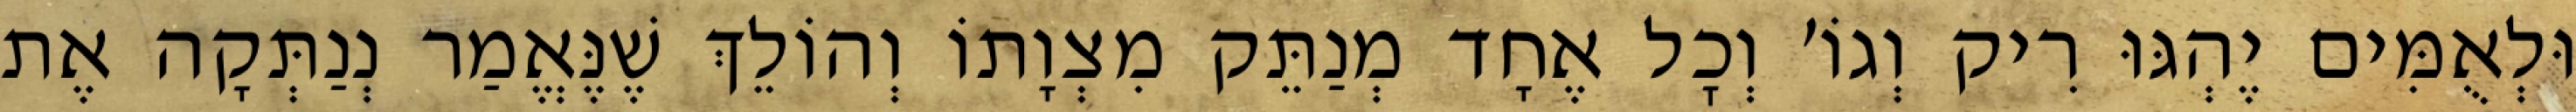
וּלְאֻמִּים יֶהְגּוּ רִיק וְגוֹ׳ וְכׇל אֶחָד מְנַתֵּק מִצְוָתוֹ וְהוֹלֵךְ שֶׁנֶּאֱמַר נְנַתְּקָה אֶת